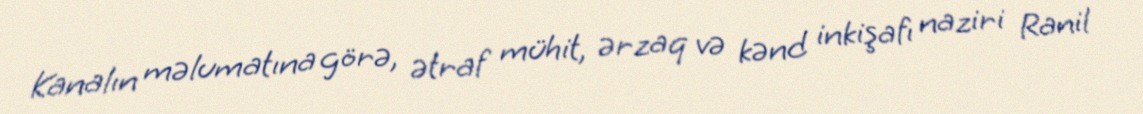
Kanalın məlumatına görə, ətraf mühit, ərzaq və kənd inkişafı naziri Ranil